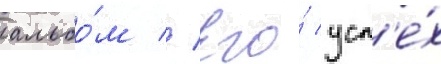
альбо́м // Его́ усп'е́х